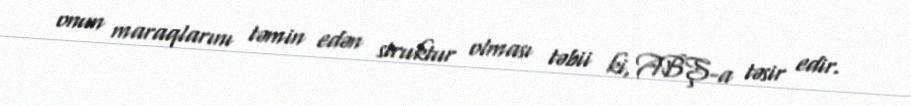
onun maraqlarını təmin edən struktur olması təbii ki, ABŞ-a təsir edir.